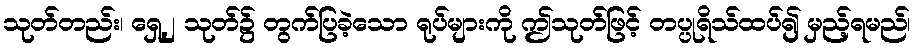
သုတ်တည်း၊ ရှေ့၂ သုတ်၌ တွက်ပြခဲ့သော ရုပ်များကို ဤသုတ်ဖြင့် တပ္ပုရိသ်ထပ်၍ မှည့်ရမည်၊